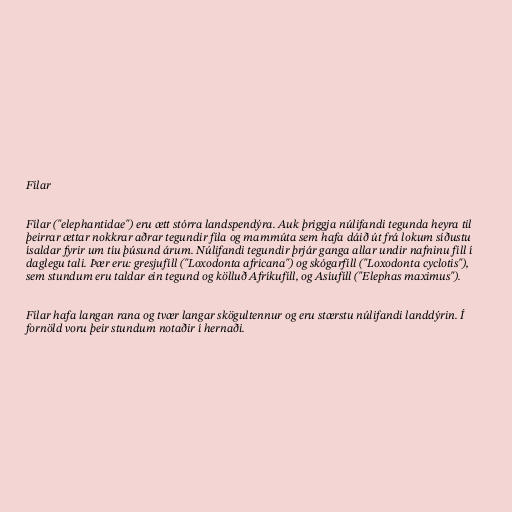
Fílar

Fílar ("elephantidae") eru ætt stórra landspendýra. Auk þriggja núlifandi tegunda heyra til
þeirrar ættar nokkrar aðrar tegundir fíla og mammúta sem hafa dáið út frá lokum síðustu
ísaldar fyrir um tíu þúsund árum. Núlifandi tegundir þrjár ganga allar undir nafninu fíll í
daglegu tali. Þær eru: gresjufíll ("Loxodonta africana") og skógarfíll ("Loxodonta cyclotis"),
sem stundum eru taldar ein tegund og kölluð Afríkufíll, og Asíufíll ("Elephas maximus").

Fílar hafa langan rana og tvær langar skögultennur og eru stærstu núlifandi landdýrin. Í
fornöld voru þeir stundum notaðir í hernaði.